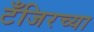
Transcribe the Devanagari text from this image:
टँजिरच्या